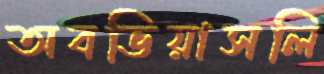
অবভিয়াসলি